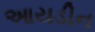
આયડીન